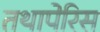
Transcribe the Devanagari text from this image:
तथापेरिस